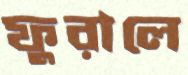
ফুরালে